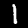
Label: 1